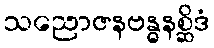
သညောဇနဗန္ဓနစ္ဆိဒံ